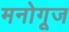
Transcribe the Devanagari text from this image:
मनोगूज